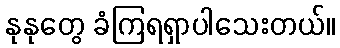
နုနုတွေ ခံကြရရှာပါသေးတယ်။